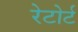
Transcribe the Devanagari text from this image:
रेटोर्ट